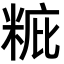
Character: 䊌